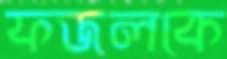
ফজলকে